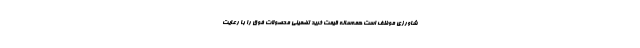
شاورزی موظف است همه‌ساله قیمت خرید تضمینی محصولات فوق‌ را با رعایت